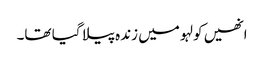
انھیں کولہو میں زندہ پیلا گیا تھا۔